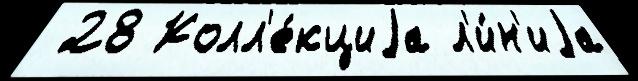
 28 Колл'е́кциjа л'и́н'иjа